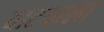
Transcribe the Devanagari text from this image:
वाटयाला